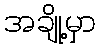
အချို့မှာ